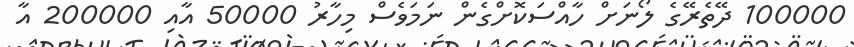
100000 ދޭތެރޭގެ ލޯނަށް ހާއްސަކޮށްގެން ނަމަވެސް މިހާރު 50000 އާއި 200000 އާ